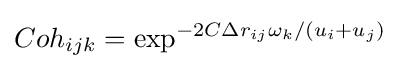
Coh_{ijk}=\exp ^{-2C\Delta r_{ij}\omega _{k}/(u_{i}+u_{j})}